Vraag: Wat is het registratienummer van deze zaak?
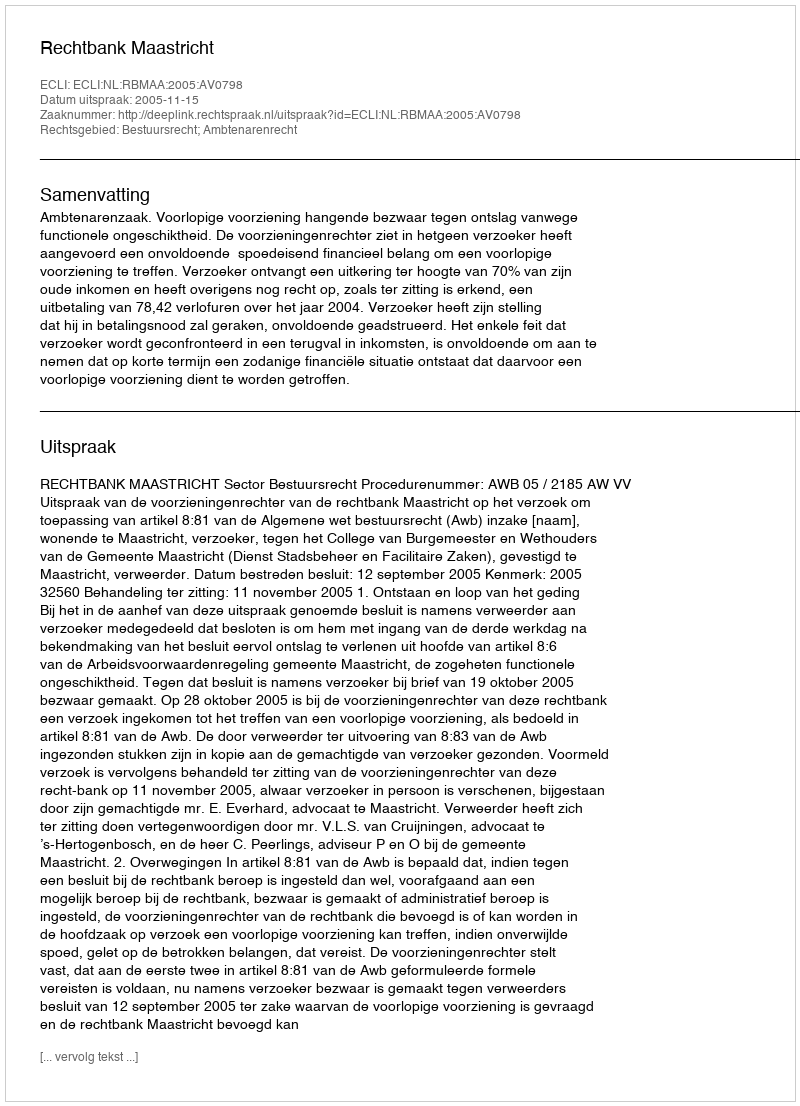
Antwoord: http://deeplink.rechtspraak.nl/uitspraak?id=ECLI:NL:RBMAA:2005:AV0798